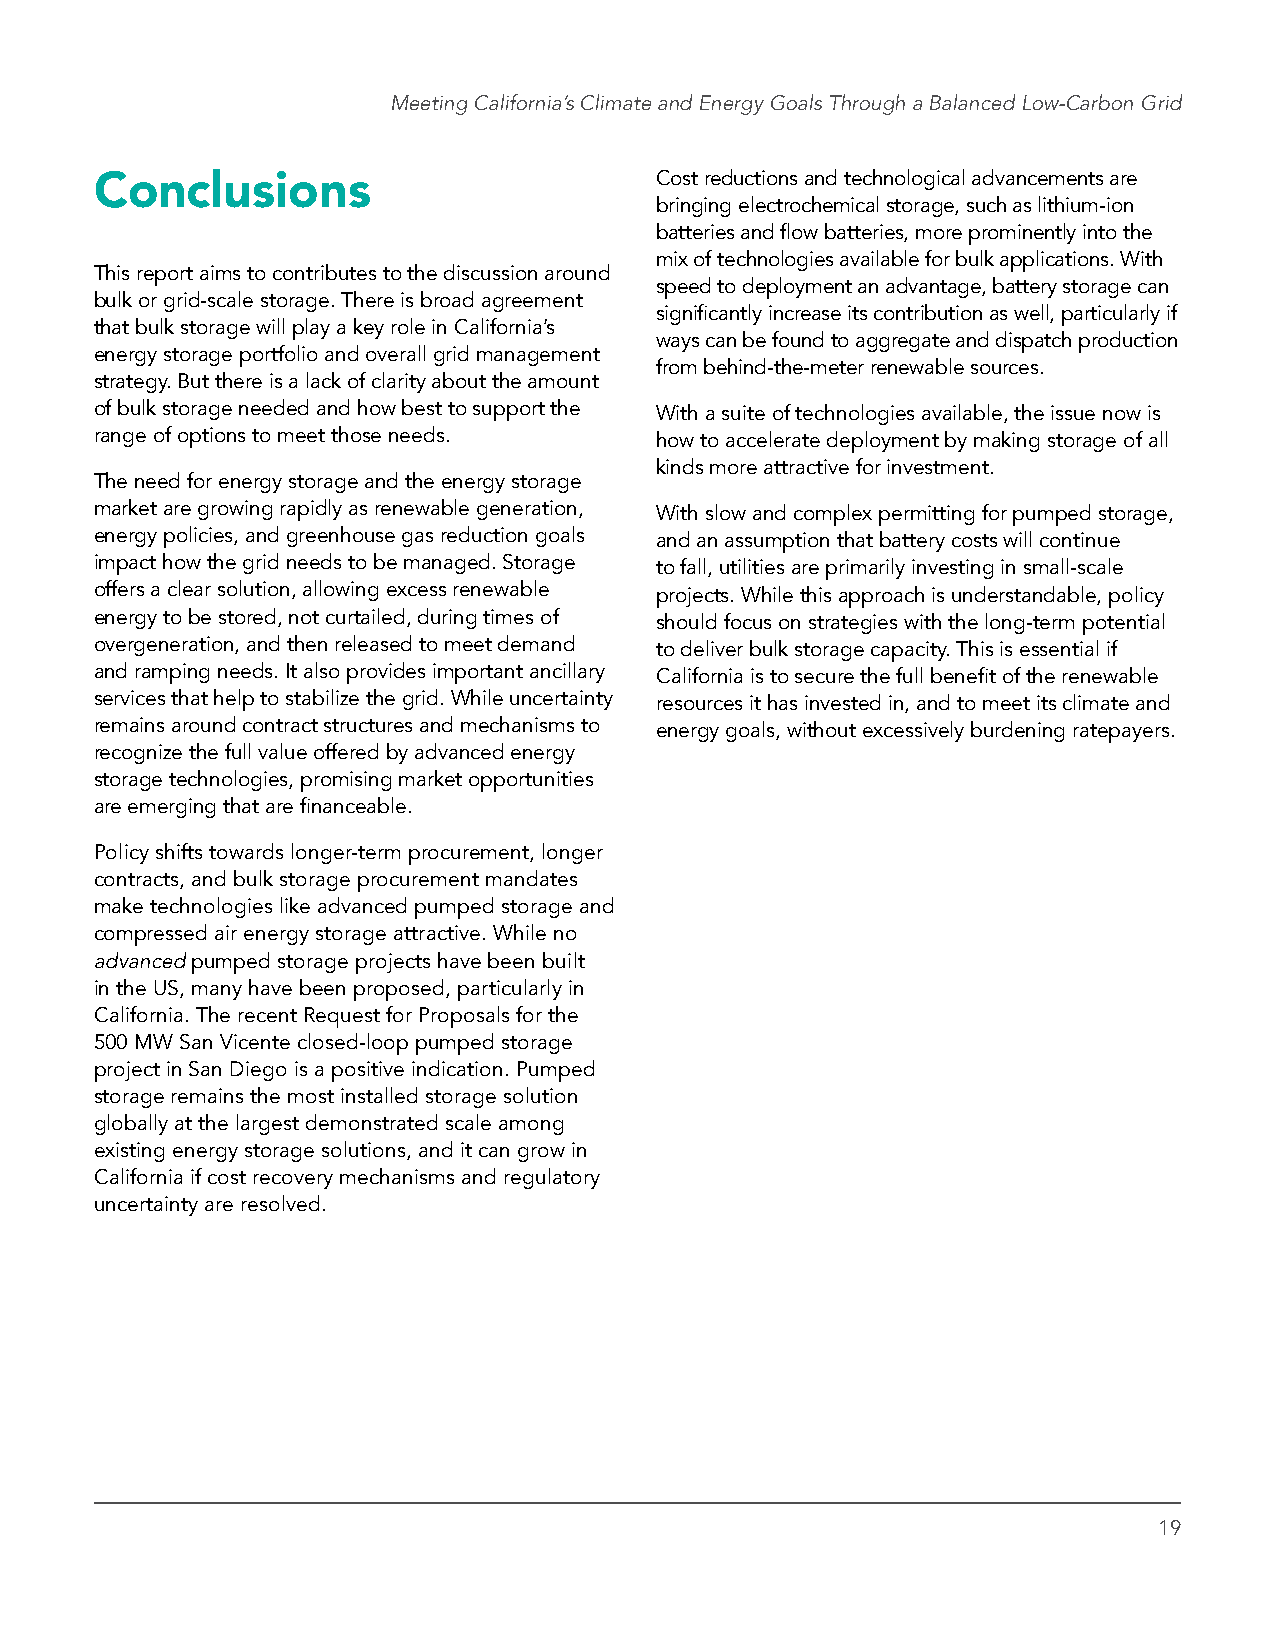
Meeting California’s Climate and Energy Goals Through a Balanced Low-Carbon Grid
 Conclusions                          Cost reductions and technological advancements are
 bringing electrochemical storage, such as lithium-ion
 batteries and flow batteries, more prominently into the
 mix of technologies available for bulk applications. With
 This report aims to contributes to the discussion around
 speed to deployment an advantage, battery storage can
 bulk or grid-scale storage. There is broad agreement
 significantly increase its contribution as well, particularly if
 that bulk storage will play a key role in California’s
 ways can be found to aggregate and dispatch production
 energy storage portfolio and overall grid management
 from behind-the-meter renewable sources.
 strategy. But there is a lack of clarity about the amount
 of bulk storage needed and how best to support the With a suite of technologies available, the issue now is
 range of options to meet those needs. how to accelerate deployment by making storage of all
 kinds more attractive for investment.
 The need for energy storage and the energy storage
 market are growing rapidly as renewable generation, With slow and complex permitting for pumped storage,
 energy policies, and greenhouse gas reduction goals and an assumption that battery costs will continue
 impact how the grid needs to be managed. Storage to fall, utilities are primarily investing in small-scale
 offers a clear solution, allowing excess renewable projects. While this approach is understandable, policy
 energy to be stored, not curtailed, during times of should focus on strategies with the long-term potential
 overgeneration, and then released to meet demand to deliver bulk storage capacity. This is essential if
 and ramping needs. It also provides important ancillary California is to secure the full benefit of the renewable
 services that help to stabilize the grid. While uncertainty resources it has invested in, and to meet its climate and
 remains around contract structures and mechanisms to energy goals, without excessively burdening ratepayers.
 recognize the full value offered by advanced energy
 storage technologies, promising market opportunities
 are emerging that are financeable.
 Policy shifts towards longer-term procurement, longer
 contracts, and bulk storage procurement mandates
 make technologies like advanced pumped storage and
 compressed air energy storage attractive. While no
 advanced pumped storage projects have been built
 in the US, many have been proposed, particularly in
 California. The recent Request for Proposals for the
 500 MW San Vicente closed-loop pumped storage
 project in San Diego is a positive indication. Pumped
 storage remains the most installed storage solution
 globally at the largest demonstrated scale among
 existing energy storage solutions, and it can grow in
 California if cost recovery mechanisms and regulatory
 uncertainty are resolved.
 19